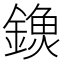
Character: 𨫗